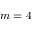
m = 4